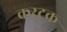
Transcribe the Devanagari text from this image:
करटक